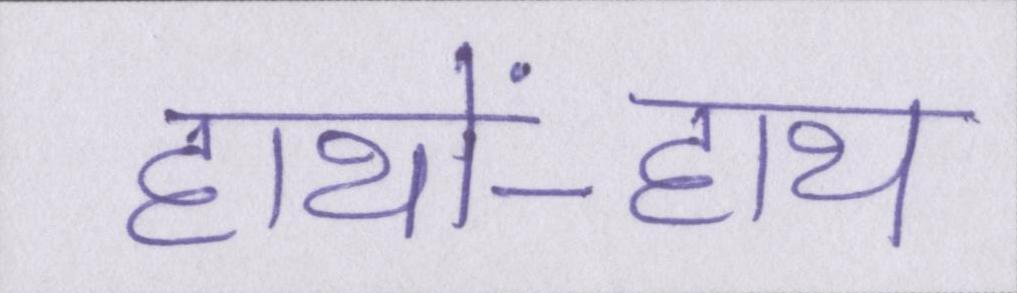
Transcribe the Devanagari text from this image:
हाथों-हाथ